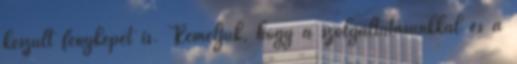
készült fényképet is. Reméljük, hogy a szolgáltatásunkkal és a